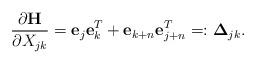
LaTeX: \begin{align*} \frac{\partial \mathbf H}{\partial X_{jk}}=\mathbf e_{j}\mathbf e_k^T+\mathbf e_{k+n}\mathbf e_{j+n}^T=:\mathbf \Delta_{jk}.\end{align*}